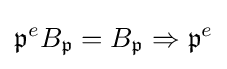
{\mathfrak {p}}^{e}B_{\mathfrak {p}}=B_{\mathfrak {p}}\Rightarrow {\mathfrak {p}}^{e}